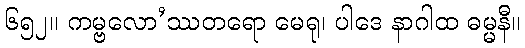
၆၅၂။ ကမ္ဗလော’ဿတရော မေရု၊ ပါဒေ နာဂါထ ဓမ္မနီ။